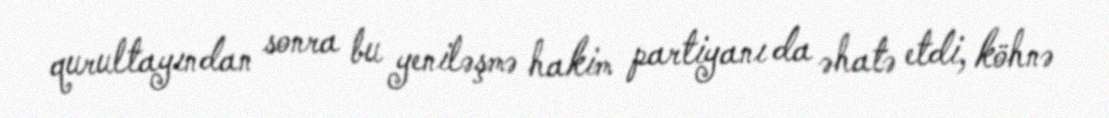
qurultayından sonra bu yeniləşmə hakim partiyanı da əhatə etdi, köhnə